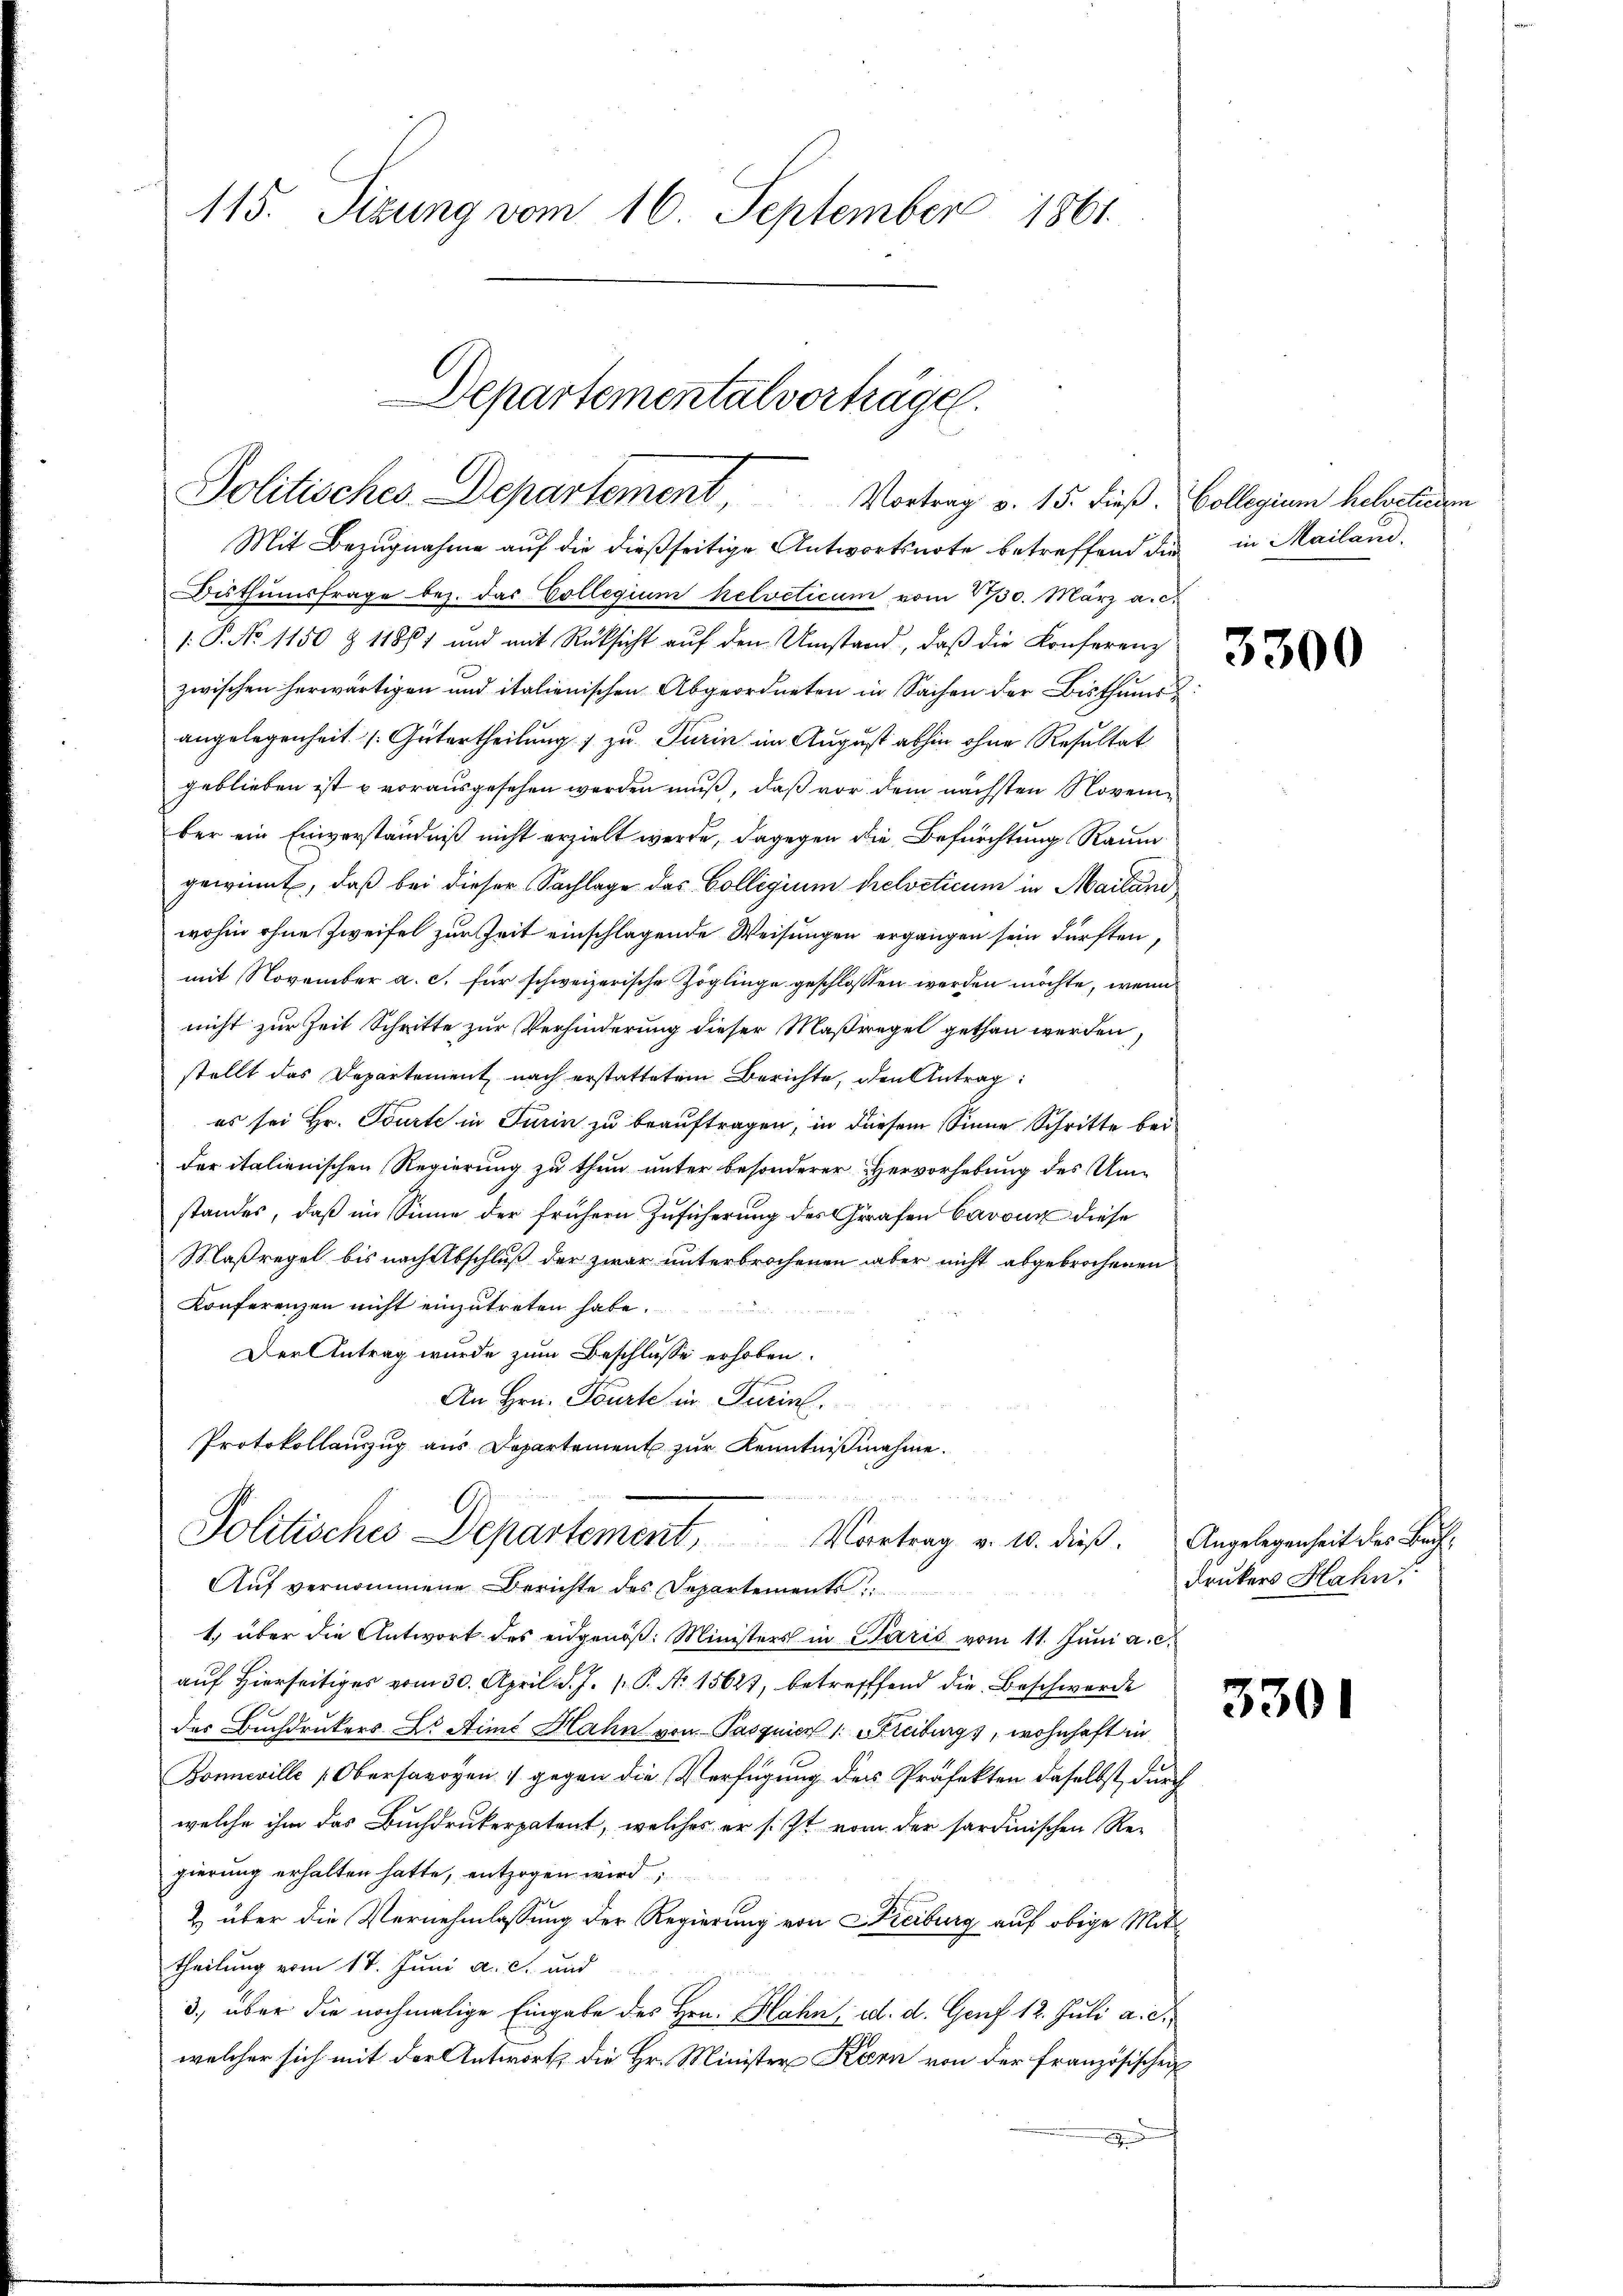
115. Sizung vom 16. September 1861.

Departemental vorträge.
Politisches Departement, Vortrag v. 15. dieß. Collegium helvetieren

Mit Bezugnahme auf die dießseitige Antwortsnote betreffend die in Mailand,
Bisthumsfrage bez. das Collegium helveticum vom 1730. März a.c.
1: P. No 1150 § 11867 und mit Rüksicht auf den Umstand, daß die Konferenz
zwischen herwärtigen und italienischen Abgeordneten in Sachen der Bisthums
angelegenheit (Gütertheilung 1 zu Turin im August abhin ohne Resultat
geblieben ist u vorausgesehen werden muß, daß vor dem nächsten November ein Einverständniß nicht erzielt werde, dagegen die Befürchtung Raum
gewinnt, daß bei dieser Sachlage des Collegium helveticum in Mailand
wohin ohne Zweifel zur Zeit einschlagende Weisungen ergangen sein dürften,
mit November a. c. für schweizerische Zöglinge geschlossen werden möchte, wenn
nicht zur Zeit Schritte zur Verhinderung dieser Maßregel gethan werden,
stellt das Departement nach erstattetem Berichte, den Antrag:
es sei Hr. Tourte in Turin zu beauftragen, in diesem Sinne Schritte bei
der italienischen Regierung zu thun unter besonderer Hervorhebung des Umstandes, daß im Sinne der frühern Zusicherung des Grafen Cavoux diese
Maßregel bis nach Abschluß der zwar unterbrochenen aber nicht abgebrochenen
Konferenzen nicht einzutreten habe.
e
Der Antrag wurde zum Beschlusse erhoben.
schich
An Hrn. Tourte in Turin
Protokollauszug aus Departement zur Kenntnißnahme.

1) über die Antwort des eidgenöß: Ministers in Paris vom 11. Juni a. c.
auf Hierseitiges vom 30. April d. J. P. P. No 15627, betreffend die Beschwerde
des Buchdruckers Dr. Ains Hahn von Pasquier (: Streiburgs, wohnhaft in
Boneville (Obersavoyen gegen die Verfügung des Profekten daselbst durch
welche ihm das Buchdrukerpatent, welches er s. Zt. vom der sardinischen Re-
gierung erhalten hatte, entzogen wird;
& über die Vernehmlassung der Regierung von Kreiburg auf obige Mittheilung vom 17. Juni a. c. und
3. über die nochmalige Eingabe des Hrn. Hahn, d. d. Genf 12. Juli a. c.
welcher sich mit der Antwort die Hr. Minister Korn von der Französischei
.

Politisches Departement. Vortrag v. 10. dieß. Angelegenheit des Bach¬
Auf vernommene Berichte des Departements

3300

drukers Hahn.

3301